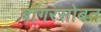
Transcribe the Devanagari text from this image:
बांगरसोबत